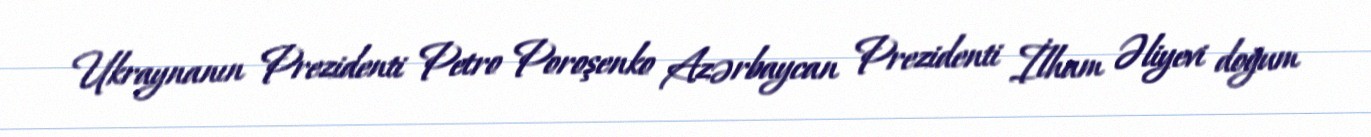
Ukraynanın Prezidenti Petro Poroşenko Azərbaycan Prezidenti İlham Əliyevi doğum